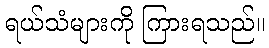
ရယ်သံများကို ကြားရသည်။